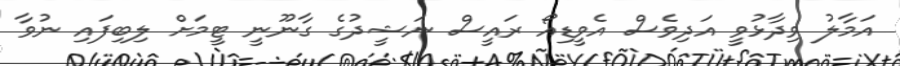
އަމާލު ވިދާޅުވީ އަދިވެސް އެވީޑިއޯ ރައީސް ނަޝީދުގެ ގާނޫނީ ޓީމަށް ލިބިފައި ނުވާ